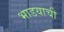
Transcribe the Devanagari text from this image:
भाडयाची